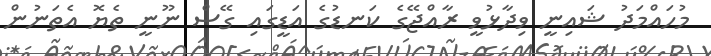
މުހައްމަދު ޝައިނީ ވިދާޅުވީ ރާއްޖޭގެ ކަނޑުގެ އަޑީގައި ގޭސް ނޫނީ ތެޔޮ އެތަނުން